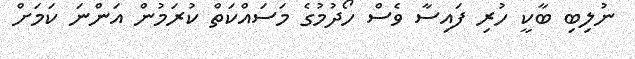
ނުލިބި ބާކީ ހުރި ފައިސާ ވެސް ހޯދުމުގެ މަސައްކަތް ކުރަމުން އަންނަ ކަމަށް